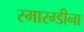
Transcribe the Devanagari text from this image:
स्मारग्डीना